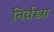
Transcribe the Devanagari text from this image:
निर्वस्त्रा